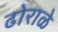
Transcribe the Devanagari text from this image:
ढोराळे